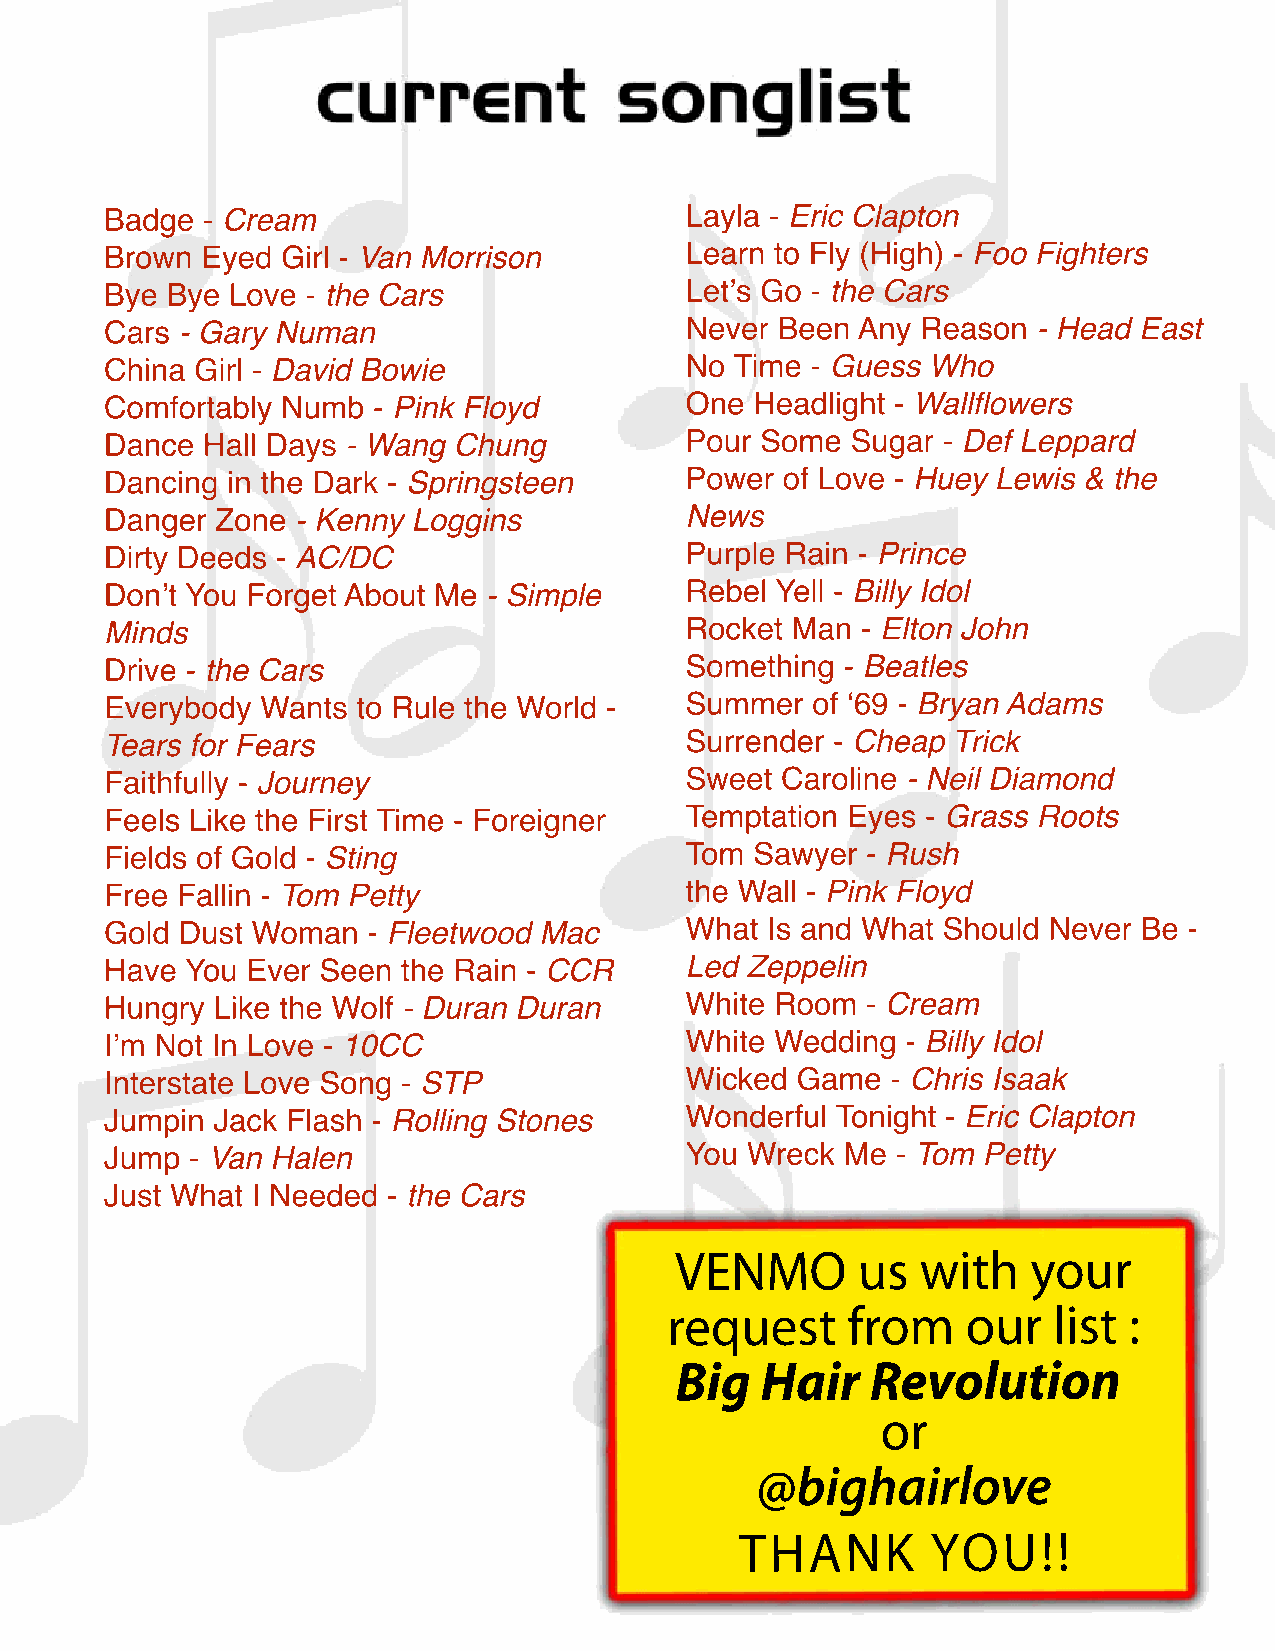
Badge - Cream                         Layla - Eric Clapton
 Brown Eyed  Girl - Van Morrison       Learn to Fly (High) - Foo Fighters
 Bye Bye Love - the Cars               Let’s Go - the Cars
 Cars - Gary Numan                     Never Been  Any Reason  - Head East
 China Girl - David Bowie              No  Time - Guess Who
 Comfortably Numb  - Pink Floyd        One  Headlight - Wallflowers
 DDaannccee HHaallll DDaayyss - Wang Chung PPoouurr SSoommee SSuuggaarr -- Def Leppard
 Dancing in the Dark - Springsteen     Power  of Love - Huey Lewis & the
 Danger Zone  - Kenny Loggins          News
 Dirty Deeds - AC/DC                   Purple Rain - Prince
 Don’t You Forget About Me - Simple    Rebel Yell - Billy Idol
 Minds                                 Rocket Man  - Elton John
 Drive - the Cars                      Something  - Beatles
 EEvveerryybbooddyy Wants to Rule the World - SSuummmmeerr ooff ‘‘6699 -- Bryan Adams
 Tears for Fears                       Surrender - Cheap Trick
 Faithfully - Journey                  Sweet  Caroline - Neil Diamond
 Feels Like the First Time - Foreigner Temptation Eyes - Grass Roots
 Fields of Gold - Sting                Tom  Sawyer - Rush
 Free Fallin - Tom Petty               the Wall - Pink Floyd
 Gold Dust Woman  - Fleetwood Mac      WWhhaatt IIss aanndd WWhhaatt SShhoouulldd NNeevveerr BBee --
 HHaavvee You Ever Seen the Rain - CCR Led Zeppelin
 Hungry Like the Wolf - Duran Duran    White Room  - Cream
 I’m Not In Love - 10CC                White Wedding  - Billy Idol
 Interstate Love Song - STP            Wicked  Game  - Chris Isaak
 Jumpin Jack Flash - Rolling Stones    Wonderful Tonight - Eric Clapton
 Jump  - Van Halen                     You Wreck  Me - Tom Petty
 Just What I Needed - the Cars
 VENMO       us  with   your
 request     from    our   list :
 Big  Hair    Revolution
 or
 @bighairlove
 THANK        YOU!!